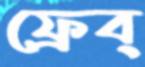
ফ্রেব্